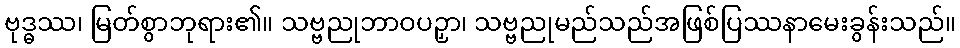
ဗုဒ္ဓဿ၊ မြတ်စွာဘုရား၏။ သဗ္ဗညုဘာဝပဉှာ၊ သဗ္ဗညုမည်သည်အဖြစ်ပြဿနာမေးခွန်းသည်။